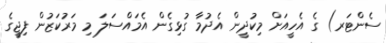
ސެންޓަރ) ގެ އެހީއަށް މިކުދީން އެދުމާ ގުޅިގެން އެމައްސަލަ މި މަރުކަޒުން ފިޖީގެ